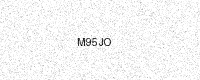
Text: M95JO